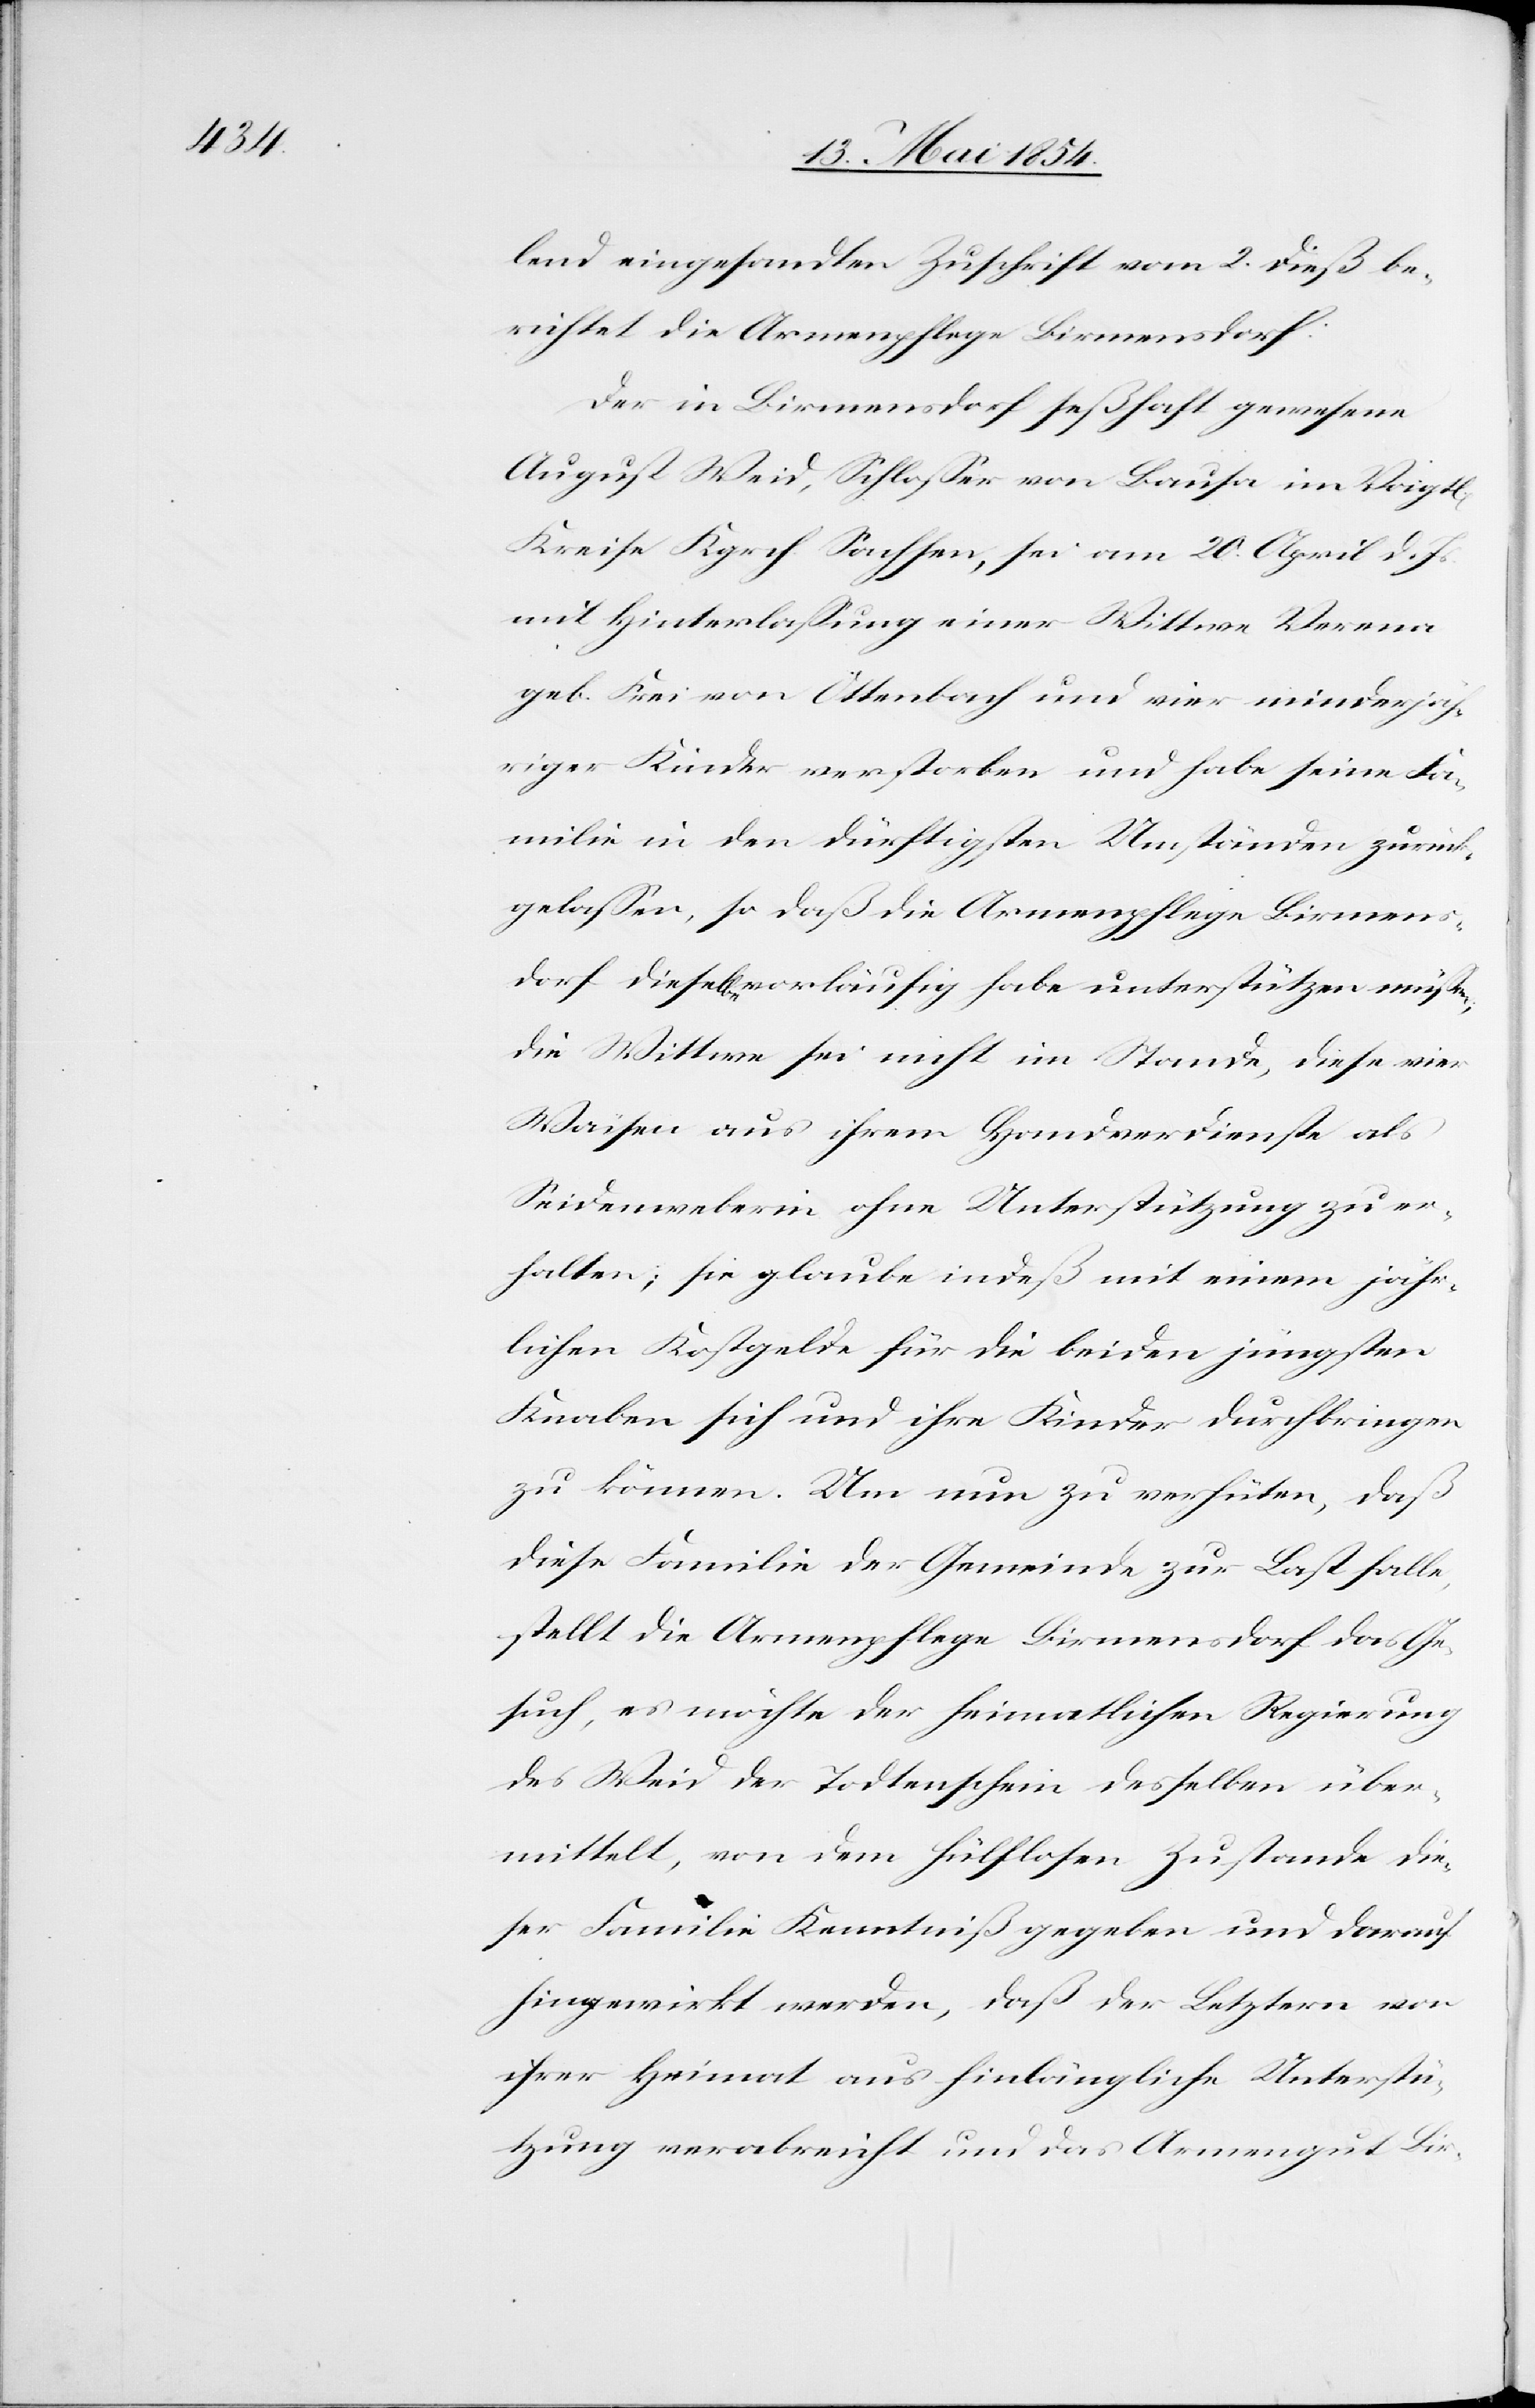
lend eingesandten Zuschrift vom 2. dieß be¬
richtet die Armenpflege Birmensdorf:
Der in Birmensdorf seßhaft gewesene
August Weid, Schloßer von Bausa [recte:
Kreise Kgrch. Sachsen, sei am 20. April d. Js.
mit Hinterlaßung einer Wittwe Verena
geb. Frei von Ottenbach und vier minderjäh¬
riger Kinder verstorben und habe seine Fa¬
milie in den dürftigsten Umständen zurück¬
gelaßen, so daß die Armenpflege Birmens¬
dorf dieselbe vorläufig habe unterstützen müßen;
die Wittwe sei nicht im Stande, diese vier
Waisen aus ihrem Handverdienste als
Seidenweberin ohne Unterstützung zu er¬
halten; sie glaube indeß mit einem jähr¬
lichen Kostgeld für die beiden jüngsten
Knaben sich und ihre Kinder durchbringen
zu können. Um nun zu verhüten, daß
diese Familie der Gemeinde zur Last falle,
stellt die Armenpflege Birmensdorf das Ge¬
such, es möchte der heimatlichen Regierung
des Weid der Todtenschein desselben über¬
mittelt, von dem hülflosen Zustande die¬
ser Familie Kenntniß gegeben und darauf
hingewirkt werden, daß der Letztern von
ihrer Heimat aus hinlängliche Unterstü¬
tzung verabreicht und das Armengut Bir-